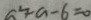
a ^ { 2 } + a - 6 = 0